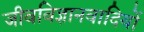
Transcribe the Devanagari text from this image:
जीवविज्ञानवादियों